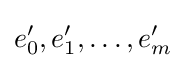
e'_{0},e'_{1},\ldots ,e'_{m}